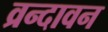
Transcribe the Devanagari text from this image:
व्रन्दावन